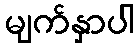
မျက်နှာပါ